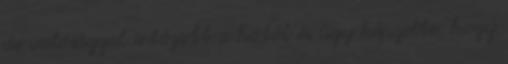
de valósággal irtózott a hótól és úgy képzelte, hogy